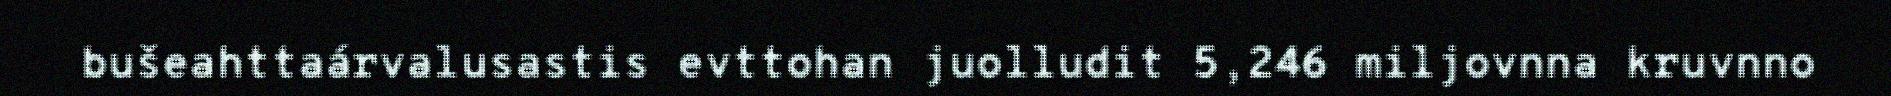
bušeahttaárvalusastis evttohan juolludit 5,246 miljovnna kruvnno